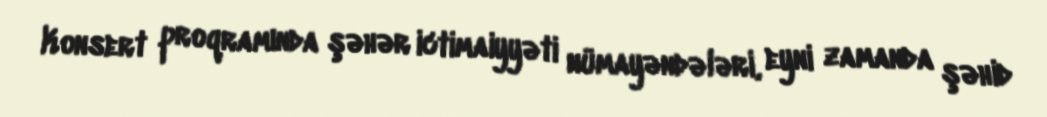
Konsert proqramında şəhər ictimaiyyəti nümayəndələri, eyni zamanda şəhid